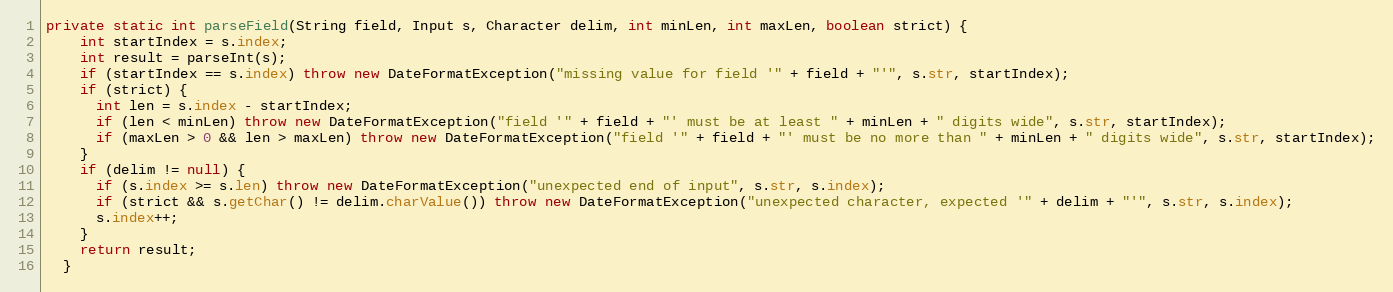
Language: Java
private static int parseField(String field, Input s, Character delim, int minLen, int maxLen, boolean strict) {
    int startIndex = s.index;
    int result = parseInt(s);
    if (startIndex == s.index) throw new DateFormatException("missing value for field '" + field + "'", s.str, startIndex);
    if (strict) {
      int len = s.index - startIndex;
      if (len < minLen) throw new DateFormatException("field '" + field + "' must be at least " + minLen + " digits wide", s.str, startIndex);
      if (maxLen > 0 && len > maxLen) throw new DateFormatException("field '" + field + "' must be no more than " + minLen + " digits wide", s.str, startIndex);
    }
    if (delim != null) {
      if (s.index >= s.len) throw new DateFormatException("unexpected end of input", s.str, s.index);
      if (strict && s.getChar() != delim.charValue()) throw new DateFormatException("unexpected character, expected '" + delim + "'", s.str, s.index);
      s.index++;
    }
    return result;
  }